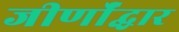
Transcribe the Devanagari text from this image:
जीर्णॉद्धार